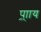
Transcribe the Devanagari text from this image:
प्र्ााय